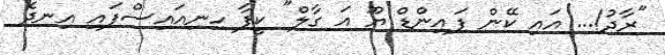
"ރާދު!... އައި ކޭން ފައިންޑް ޔޫ އަ ގާލް" ކީފާ ހިނިއައިސްފައި އިނދެ